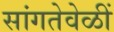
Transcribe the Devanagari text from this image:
सांगतेवेळीं